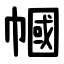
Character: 幗